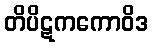
တိပိဋကကောဝိဒ